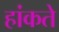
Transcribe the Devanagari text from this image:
हांकते